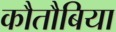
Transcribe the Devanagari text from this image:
कौतौबिया